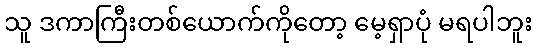
သူ ဒကာကြီးတစ်ယောက်ကိုတော့ မေ့ရှာပုံ မရပါဘူး